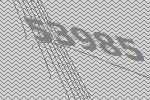
53985